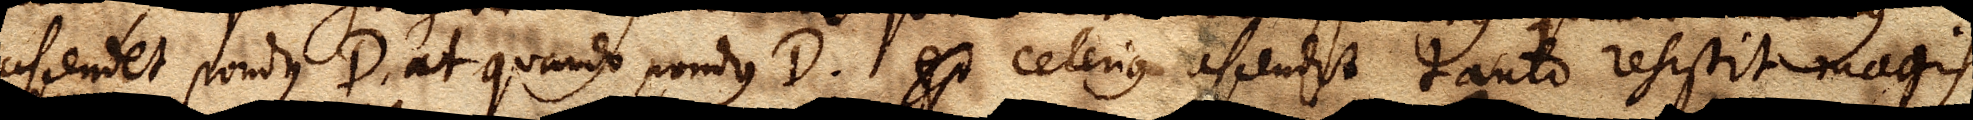
ascendet pondus D, at quando pondus D. est celerius ascendit tanto resistit magis.